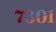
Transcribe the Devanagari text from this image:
७३०१